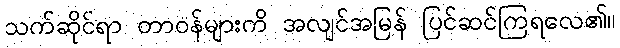
သက်ဆိုင်ရာ တာဝန်များကိ အလျင်အမြန် ပြင်ဆင်ကြရလေ၏။